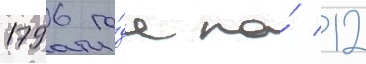
1796 го́да по́ 12